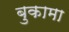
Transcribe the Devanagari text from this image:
बुकामा